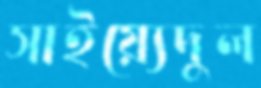
সাইয়্যেদুল